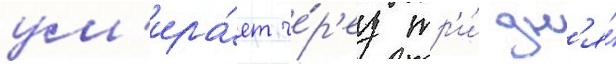
ум'ира́ет че́р'ез тр'и́ дн'я́